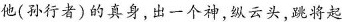
他(孙行者)的真身，出一个神，纵云头，跳将起